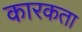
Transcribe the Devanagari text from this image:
कारकता